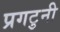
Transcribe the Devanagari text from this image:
प्रगटुनी